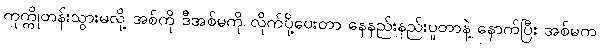
ကုက္ကိုတန်းသွားမလို့ အစ်ကို ဒီအစ်မကို လိုက်ပို့ပေးတာ နေနည်းနည်းပူတာနဲ့ နောက်ပြီး အစ်မက